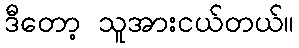
ဒီတော့ သူအားငယ်တယ်။